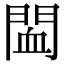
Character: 䦗